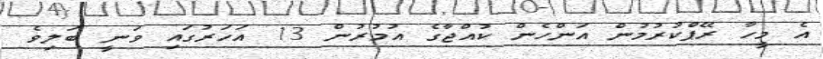
އެ މީހާ ރޭޕްކުރުމުން އަންހެން ކުއްޖާގެ އުމުރުން 13 އަހަރުގައި ވަނީ ބަލިވެ